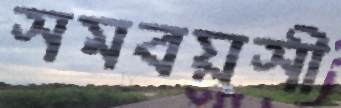
সমবয়সী